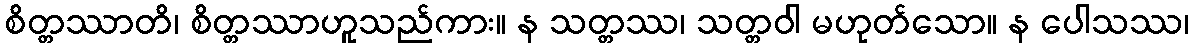
စိတ္တဿာတိ၊ စိတ္တဿာဟူသည်ကား။ န သတ္တဿ၊ သတ္တဝါ မဟုတ်သော။ န ပေါသဿ၊